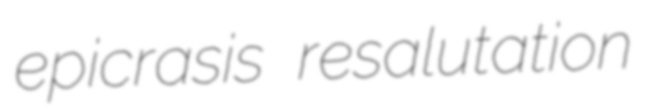
epicrasis resalutation